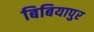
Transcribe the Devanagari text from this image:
बिबियापुर